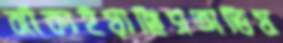
ঝাঁকাইয়াছিসঅভিয